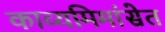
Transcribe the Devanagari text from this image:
काव्यमिमांसेत